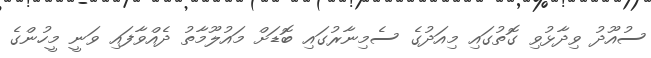
ސުއޫދު ވިދާޅުވި ގޮތުގައި މިއަދުގެ ސެމިނާރުގައި ބޮޑަށް މައުލޫމާތު ދެއްވާފައި ވަނީ މީހުންގެ